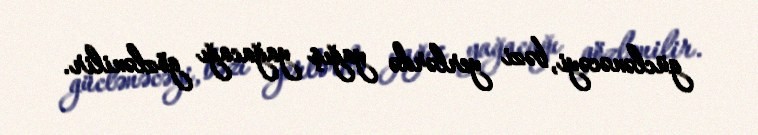
güclənəcəyi, bəzi yerlərdə yağış yağacağı gözlənilir.